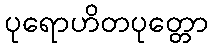
ပုရောဟိတပုတ္တော